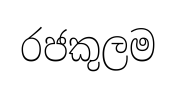
රජකුලම